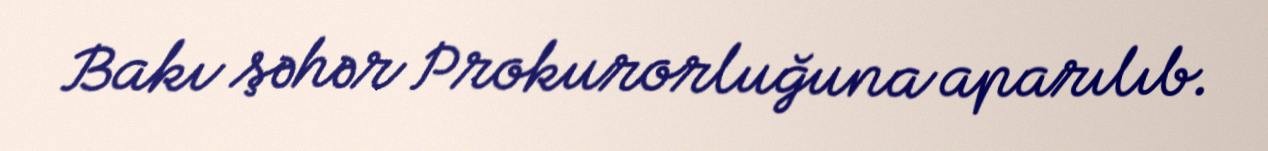
Bakı şəhər Prokurorluğuna aparılıb.